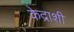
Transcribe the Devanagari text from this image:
केद्राशी